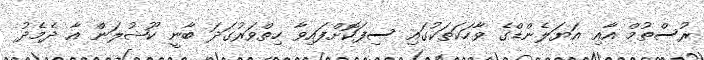
ރުސްތުމް އާއި އަޔަލެންޑްގެ ވާހަކަތަކުގައި ސިފަކޮށްފައިވާ ހިތްވަރުގަދަ ބާނީ ކޫޝުލަން އާ ދެމެދު